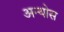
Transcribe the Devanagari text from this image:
अन्योस